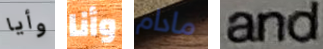
وأيا وأنا مادام and